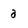
Character: a